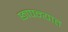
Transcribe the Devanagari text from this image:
छापन्यात